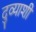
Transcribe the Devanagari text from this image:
दुव्याशी